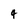
Character: 4